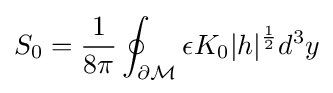
S_{0}={1 \over 8\pi }\oint _{\partial {\mathcal {M}}}\epsilon K_{0}|h|^{1 \over 2}d^{3}y